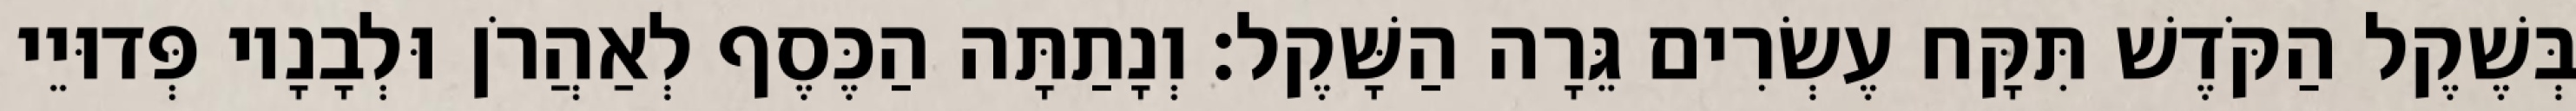
בְּשֶׁקֶל הַקֹּדֶשׁ תִּקָּח עֶשְׂרִים גֵּרָה הַשָּׁקֶל׃ וְנָתַתָּה הַכֶּסֶף לְאַהֲרֹן וּלְבָנָיו פְּדוּיֵי